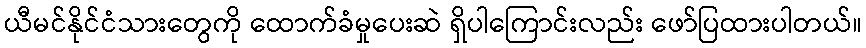
ယီမင်နိုင်ငံသားတွေကို ထောက်ခံမှုပေးဆဲ ရှိပါကြောင်းလည်း ဖော်ပြထားပါတယ်။